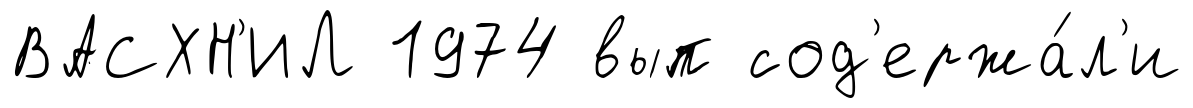
ВАСХН'ИЛ 1974 вып сод'ержа́л'и